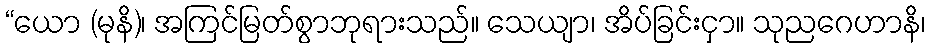
“ယော (မုနိ)၊ အကြင်မြတ်စွာဘုရားသည်။ သေယျာ၊ အိပ်ခြင်းငှာ။ သုညဂေဟာနိ၊